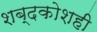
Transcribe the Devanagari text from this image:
शब्दकोशही